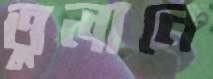
তুলানে